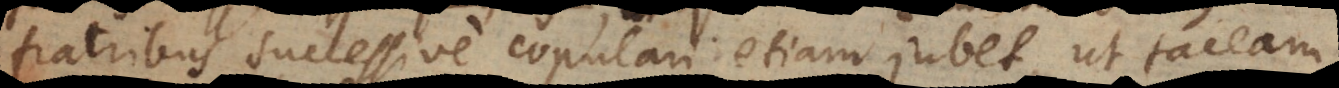
fratribus successive copulari etiam jubet, ut taceam